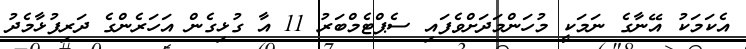
އެކަމަކު އޭނާގެ ނަމަކީ މުހަންމަދަށްވެފައި ސެޕްޓެމްބަރު 11 އާ ގުޅިގެން އަހަރެންގެ ދަރިފުޅާމެދު